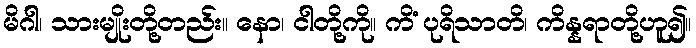
မိဂါ၊ သားမျိုးတို့တည်း။ နော၊ ငါတို့ကို။ ကိံ ပုရိသာတိ၊ ကိန္နရာတို့ဟူ၍။